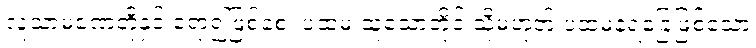
လူသာမဏေတို့နှင့် ရော၍ဖြစ်စေ၊ ပထမ ထူသောတိုင် သို့မဟုတ် ပထမနံရံခြေဖြစ်သော